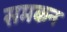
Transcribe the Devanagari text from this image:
समकन